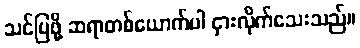
သင်ပြဖို့ ဆရာတစ်ယောက်ပါ ငှားလိုက်သေးသည်။